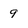
Character: 9